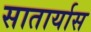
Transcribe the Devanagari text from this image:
सातार्यास